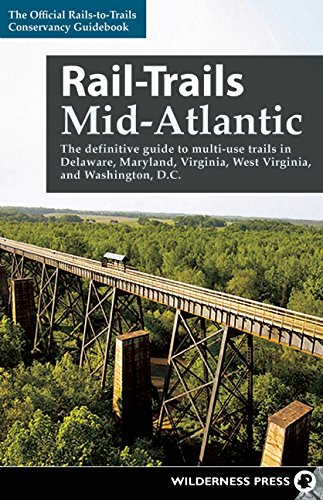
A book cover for Rail-Trails Mid-Atlantic: The definitive guide to multiuse trails in Delaware, Maryland, Virginia, Washington, D.C., and West Virginia; Rails-to-Trails Conservancy; Health, Fitness & Dieting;